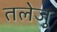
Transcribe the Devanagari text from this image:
तलेजु